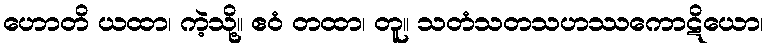
ဟောတိ ယထာ၊ ကဲ့သို့။ ဧဝံ တထာ၊ တူ။ သတံသတသဟဿကောဋိယော၊